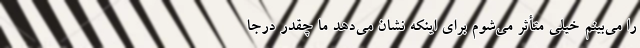
را می‌بینم خیلی متأثر می‌شوم برای اینکه نشان می‌دهد ما چقدر درجا